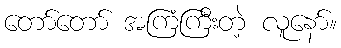
တော်တော် အကြံကြီးတဲ့ လူနော်။